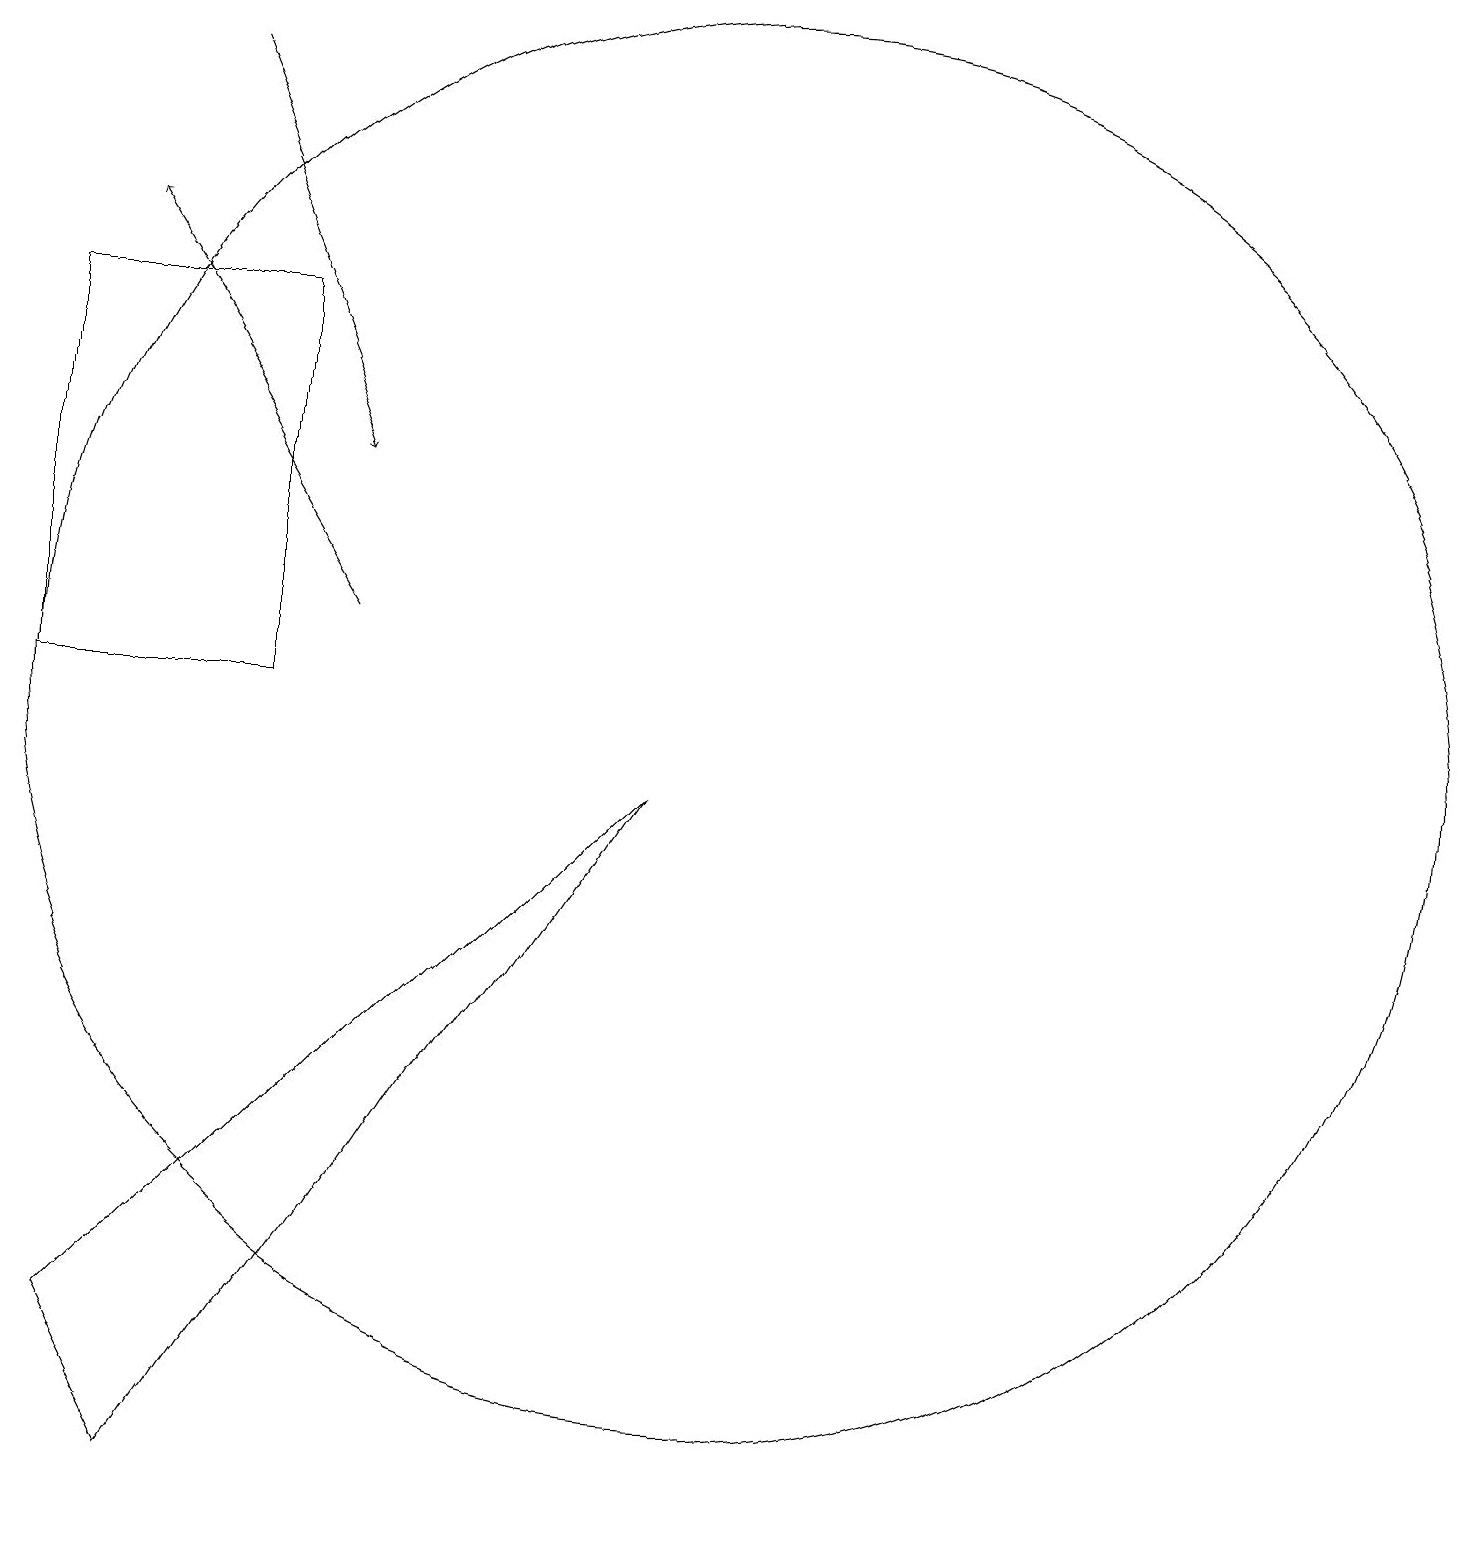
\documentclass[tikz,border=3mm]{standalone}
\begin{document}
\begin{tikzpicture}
\draw[->] (5,11) -- (2,16);
\draw (10,10) circle (9);
\draw (1,10) rectangle (4,15);
\draw[->] (3,18) -- (5,13);
\draw (3,0) -- (9,9) -- (2,2) -- cycle;
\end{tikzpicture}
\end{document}